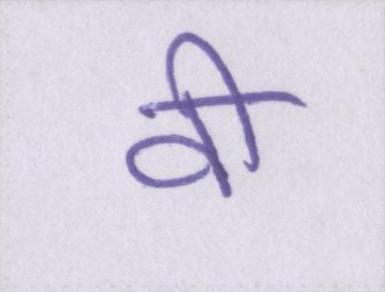
वी